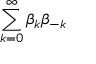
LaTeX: \sum _ { k = 0 } ^ { \infty } \beta _ { k } \beta _ { - k }